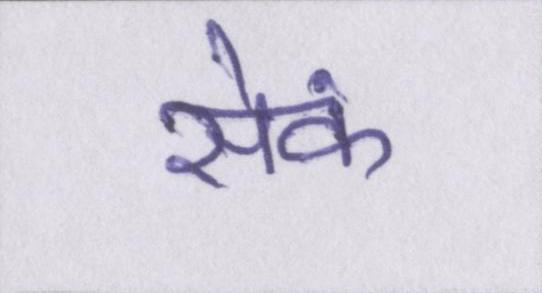
सेंक